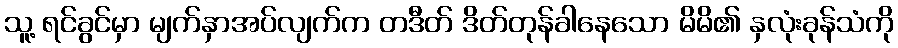
သူ့ ရင်ခွင်မှာ မျက်နှာအပ်လျက်က တဒီတ် ဒိတ်တုန်ခါနေသော မိမိ၏ နှလုံးခုန်သံကို